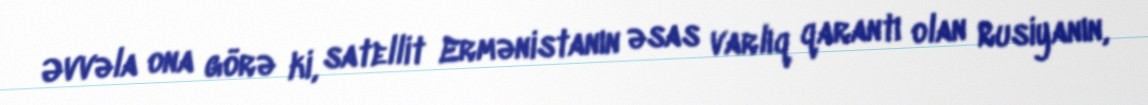
Əvvəla ona görə ki, satellit Ermənistanın əsas varlıq qarantı olan Rusiyanın,